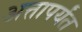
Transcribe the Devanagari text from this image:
अत्तापर्यंत